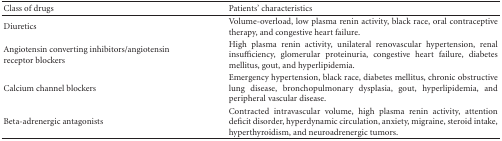
| Class of drugs | Patients' characteristics |
 | --- | --- |
 | Diuretics | Volume-overload, low plasma renin activity, black race, oral contraceptive therapy, and congestive heart failure. |
 | Angiotensin converting inhibitors/angiotensin receptor blockers | High plasma renin activity, unilateral renovascular hypertension, renal insufficiency, glomerular proteinuria, congestive heart failure, diabetes mellitus, gout, and hyperlipidemia. |
 | Calcium channel blockers | Emergency hypertension, black race, diabetes mellitus, chronic obstructive lung disease, bronchopulmonary dysplasia, gout, hyperlipidemia, and peripheral vascular disease. |
 | Beta-adrenergic antagonists | Contracted intravascular volume, high plasma renin activity, attention deficit disorder, hyperdynamic circulation, anxiety, migraine, steroid intake, hyperthyroidism, and neuroadrenergic tumors. |